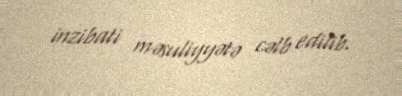
inzibati məsuliyyətə cəlb edilib.